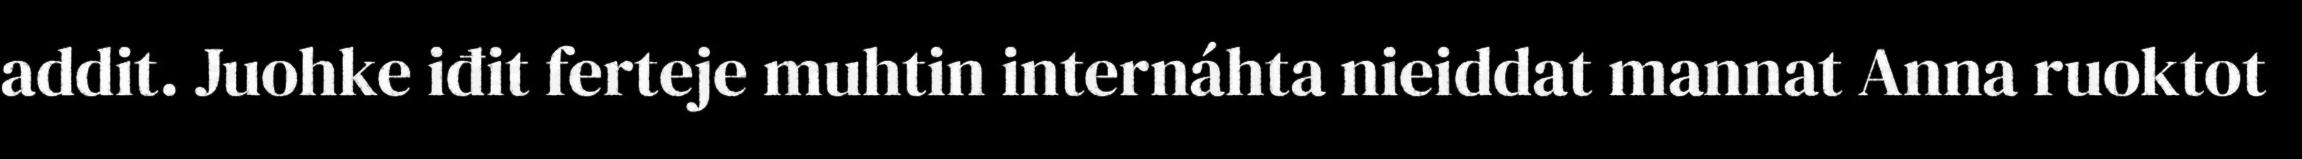
addit. Juohke iđit ferteje muhtin internáhta nieiddat mannat Anna ruoktot